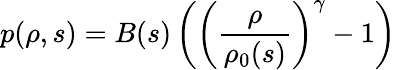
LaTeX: p(\rho,s)=B(s)\left(\left(\frac{\rho}{\rho_{0}(s)}\right)^{\gamma}-1\right)